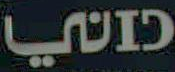
داني